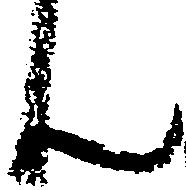
ん